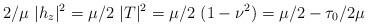
LaTeX: \begin{align*}2/\mu\ |h_z|^2=\mu/2\ |T|^2=\mu/2\ (1-\nu^2)=\mu/2-\tau_0/{2\mu}\end{align*}